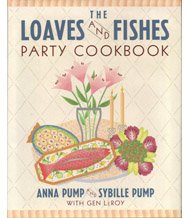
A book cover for The Loaves and Fishes Party Cookbook; Anna Pump; Cookbooks, Food & Wine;